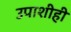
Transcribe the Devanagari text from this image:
उपाशीही